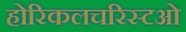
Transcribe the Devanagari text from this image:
होरिकलचरिस्टओ